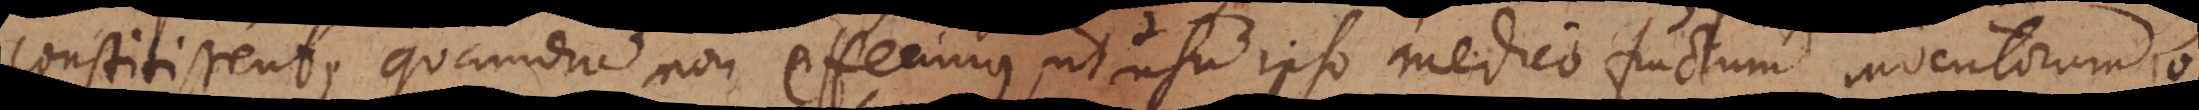
constitissent, quamdiu non effecimus, ut usum ipso medico fructum inventorum o